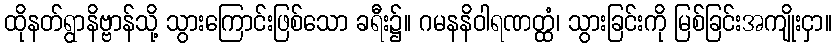
ထိုနတ်ရွာနိဗ္ဗာန်သို့ သွားကြောင်းဖြစ်သော ခရီး၌။ ဂမနနိဝါရဏတ္ထံ၊ သွားခြင်းကို မြစ်ခြင်းအကျိုးငှာ။